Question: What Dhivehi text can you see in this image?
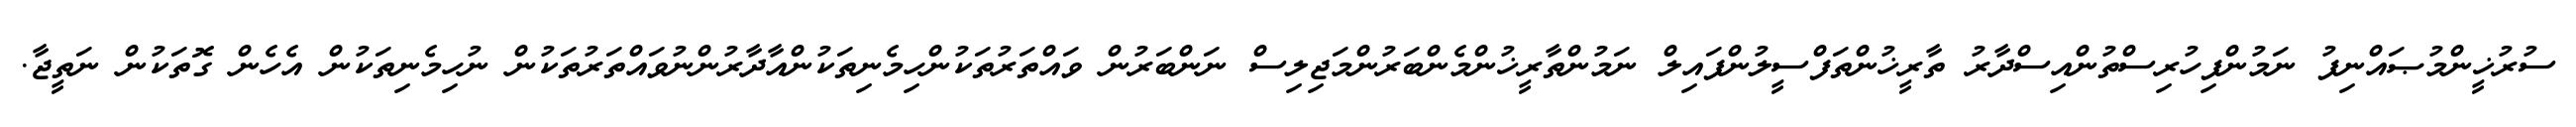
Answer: ސުރުޚީންމުޞައްނިފު ނަމުންފިހުރިސްތުންއިސްދާރު ތާރީޚުންތަފްސީލުންފައިލް ނަމުންތާރީޚުންމެންބަރުންމަޖިލިސް ނަންބަރުން ވައްތަރުތަކުންހިމެނިތަކުންއާދާރުންނުވައްތަރުތަކުން ނުހިމެނިތަކުން އެހެން ގޮތަކުން ނަތީޖާ.